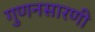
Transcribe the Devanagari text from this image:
गुणनसारणी